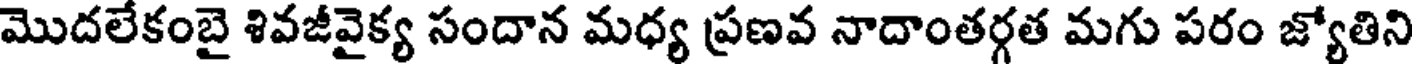
మొదలేకంబై శివజీవైక్య సందాన మధ్య ప్రణవ నాదాంతర్గత మగు పరం జ్యోతిని